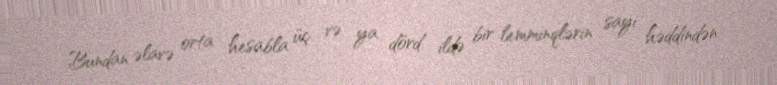
Bundan əlavə orta hesabla üç və ya dörd ildə bir lemminqlərin sayı həddindən